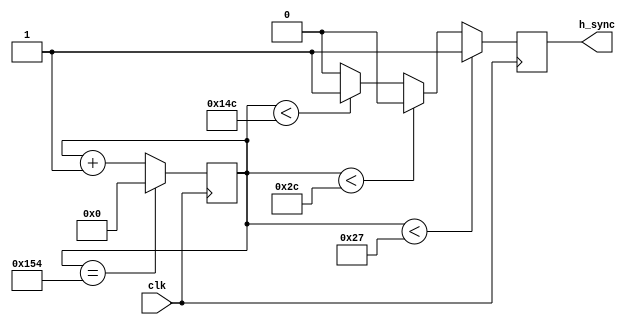
module h_sync(
    input wire clk,
    output reg h_sync
);

reg [9:0] count_h;

always @(posedge clk) begin
    if (count_h < 96'h27) begin // Horizontal Pulse Width
        h_sync <= 1'b1;
    end else if (count_h < 96'h2C) begin // Horizontal Front Porch
        h_sync <= 1'b0;
    end else if (count_h < 96'h14C) begin // Horizontal Sync Width
        h_sync <= 1'b1;
    end else begin // Horizontal Back Porch
        h_sync <= 1'b0;
    end

    if (count_h == 96'h154) begin // Horizontal Total
        count_h <= 0;
    end else begin
        count_h <= count_h + 1;
    end
end

endmodule